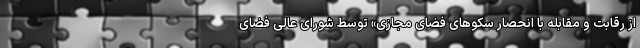
از رقابت و مقابله با انحصار سکوهای فضای مجازی» توسط شورای عالی فضای